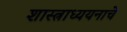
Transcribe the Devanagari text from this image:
शास्त्राध्ययनाचे